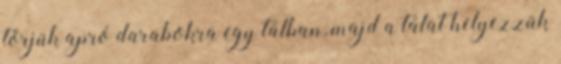
törjük apró darabokra egy tálban, majd a tálat helyezzük